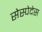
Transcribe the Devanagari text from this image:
सेस्पेदेस